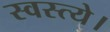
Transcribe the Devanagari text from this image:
स्वस्त्ये।